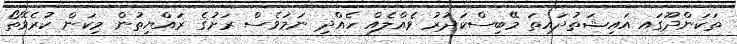
ތަކަންދޫގައ އައިޝަތުދައިތަ މޭބިސްކަދުރު ވެއްލެއް ހެއްދި ނަމަވެސް ރަށުގެ ރައްޔިތުން މިކަން ކުރެވޭތޯ